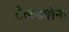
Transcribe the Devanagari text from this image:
टेकड्यांना